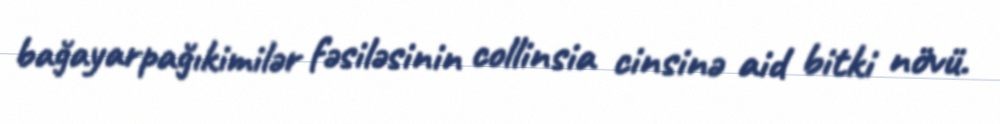
bağayarpağıkimilər fəsiləsinin collinsia cinsinə aid bitki növü.